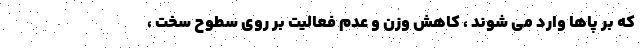
که بر پاها وارد می شوند ، کاهش وزن و عدم فعالیت بر روی سطوح سخت ،